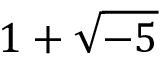
1 + { \sqrt { - 5 } }